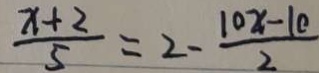
\frac { x + 2 } { 5 } = 2 - \frac { 1 0 x - 1 0 } { 2 }